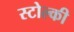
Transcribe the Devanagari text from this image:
स्टोल्की